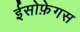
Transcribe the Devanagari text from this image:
ईसोफ़ेगस